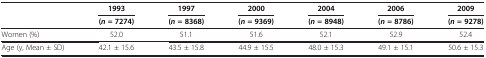
<table><thead><tr><td rowspan="2"><b> </b></td><td><b>1993</b></td><td><b>1997</b></td><td><b>2000</b></td><td><b>2004</b></td><td><b>2006</b></td><td><b>2009</b></td></tr><tr><td><b>(<i>n </i>= 7274)</b></td><td><b>(<i>n </i>= 8368)</b></td><td><b>(<i>n </i>= 9369)</b></td><td><b>(<i>n </i>= 8948)</b></td><td><b>(<i>n </i>= 8786)</b></td><td><b>(<i>n </i>= 9278)</b></td></tr></thead><tbody><tr><td>Women (%)</td><td>52.0</td><td>51.1</td><td>51.6</td><td>52.1</td><td>52.9</td><td>52.4</td></tr><tr><td>Age (y, Mean ± SD)</td><td>42.1 ± 15.6</td><td>43.5 ± 15.8</td><td>44.9 ± 15.5</td><td>48.0 ± 15.3</td><td>49.1 ± 15.1</td><td>50.6 ± 15.3</td></tr></tbody></table>